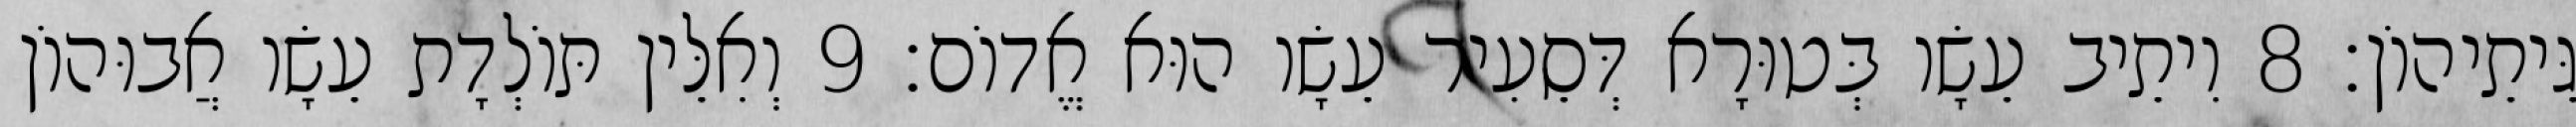
גֵּיתֵיהוֹן׃ 8 וִיתֵיב עֵשָׂו בְּטוּרָא דְּסֵעִיר עֵשָׂו הוּא אֱדוֹם׃ 9 וְאִלֵּין תּוֹלְדָת עֵשָׂו אֲבוּהוֹן